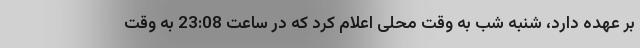
بر عهده دارد، شنبه شب به وقت محلی اعلام کرد که در ساعت 23:08 به وقت